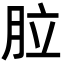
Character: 䏠